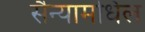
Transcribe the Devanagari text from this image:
सैन्यामधिल